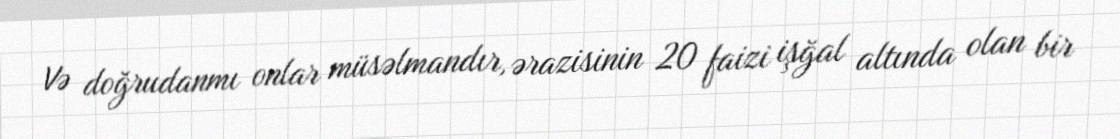
Və doğrudanmı onlar müsəlmandır, ərazisinin 20 faizi işğal altında olan bir